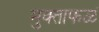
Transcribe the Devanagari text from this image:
मुक्ताफळं